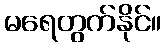
မရေတွက်နိုင်။